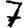
Digit: 7